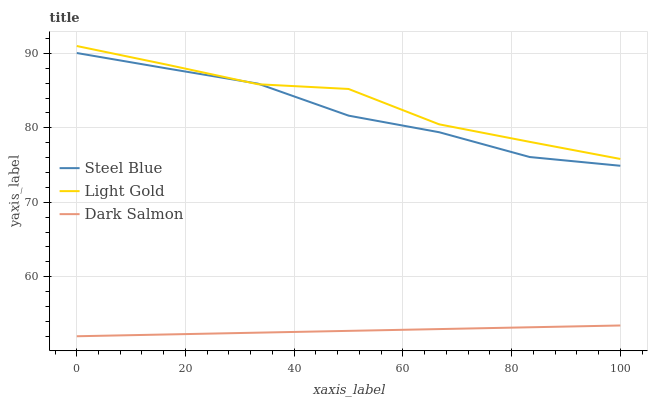
| xaxis_label | Steel Blue | Light Gold | Dark Salmon |
 | --- | --- | --- | --- |
 | 0 | 90.1 | 91 | 52 |
 | 16.7 | 88 | 88.5 | 52.2 |
 | 33.3 | 85.9 | 85.9 | 52.5 |
 | 50 | 81.6 | 85.2 | 52.7 |
 | 66.7 | 79.4 | 80.5 | 53 |
 | 83.3 | 76.1 | 78.1 | 53.2 |
 | 100 | 74.9 | 75.8 | 53.4 |